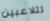
تتلاعبين